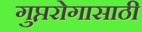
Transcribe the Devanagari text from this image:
गुप्तरोगासाठी